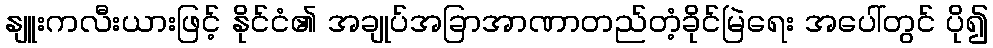
နျူးကလီးယားဖြင့် နိုင်ငံ၏ အချုပ်အခြာအာဏာတည်တံ့ခိုင်မြဲရေး အပေါ်တွင် ပို၍